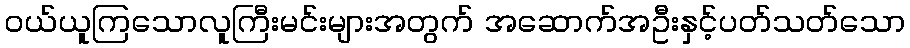
ဝယ်ယူကြသောလူကြီးမင်းများအတွက် အဆောက်အဦးနှင့်ပတ်သတ်သော